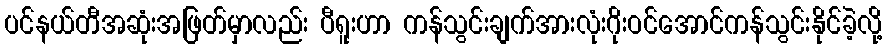
ပင်နယ်တီအဆုံးအဖြတ်မှာလည်း ပီရူးဟာ ကန်သွင်းချက်အားလုံးဂိုးဝင်အောင်ကန်သွင်းနိုင်ခဲ့လို့